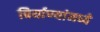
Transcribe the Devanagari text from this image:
बिर्याण्यांमध्ये